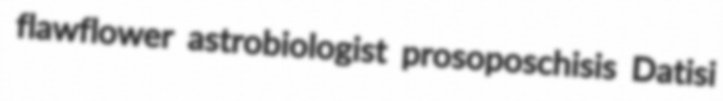
flawflower astrobiologist prosoposchisis Datisi